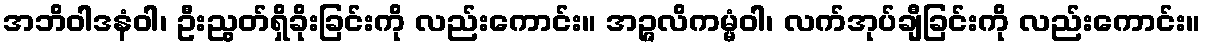
အဘိဝါဒနံဝါ၊ ဦးညွတ်ရှိခိုးခြင်းကို လည်းကောင်း။ အဉ္ဇလိကမ္မံဝါ၊ လက်အုပ်ချီခြင်းကို လည်းကောင်း။